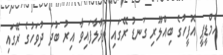
އެމްޑީޕީ އޮފީހުގެ ބިއްލޫރި ގަނޑު ރޭގައި ތަޅާލާފައިވާ އިރު ބުދަ ދުވަހުގެ ރޭގައި